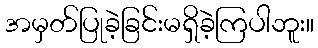
အမှတ်ပြုခဲ့ခြင်းမရှိခဲ့ကြပါဘူး။